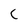
Character: C